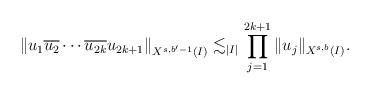
LaTeX: \begin{align*}\left\| u_1 \overline{u_2} \cdots \overline{u_{2k}} u_{2k+1} \right\|_{X^{s,b'-1}(I)} \lesssim_{|I|} \prod_{j=1}^{2k+1} \|u_j\|_{X^{s,b}(I)} .\end{align*}